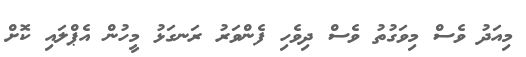
މިއަދު ވެސް މިވަގުތު ވެސް ދިވެހި ފެންވަރު ރަނގަޅު މީހުން އެޕްލައި ކޮށް